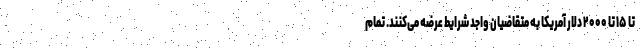
تا ۱۵ تا ۲۰۰۰ دلار آمریکا به متقاضیان واجد شرایط عرضه می‌کنند. تمام